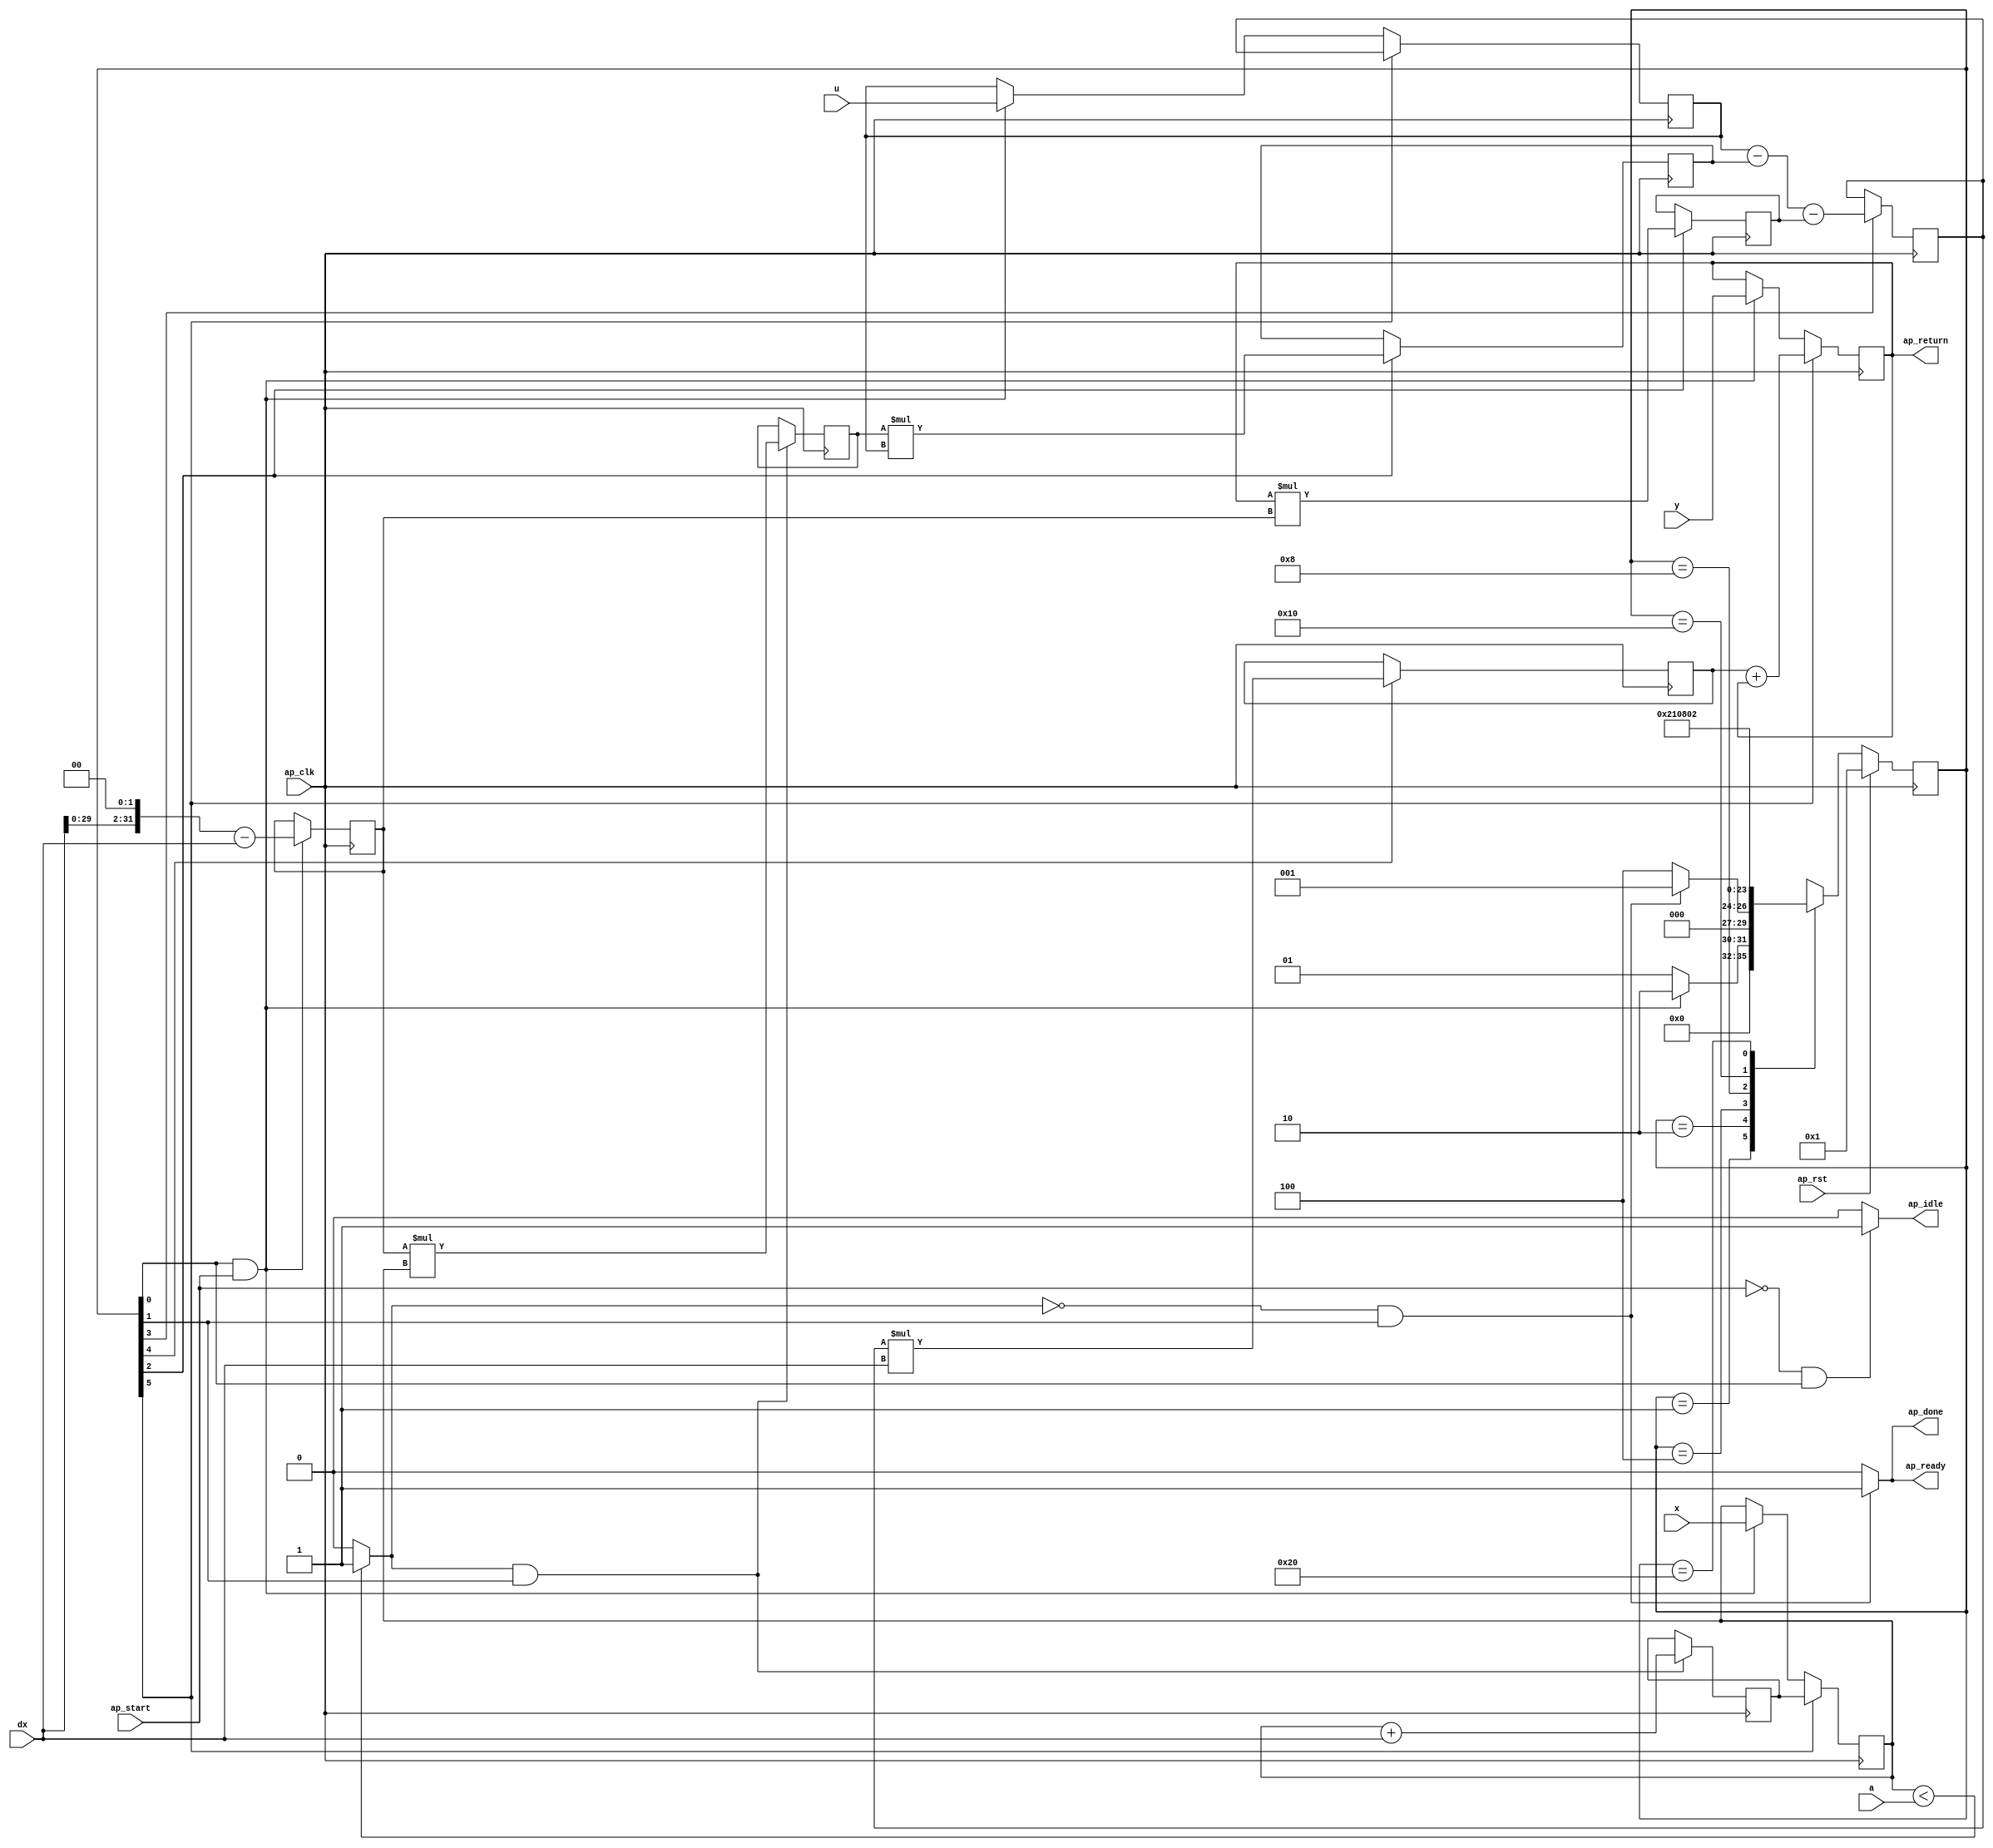
// ==============================================================
// RTL generated by Vivado(TM) HLS - High-Level Synthesis from C, C++ and SystemC
// Version: 2018.3
// Copyright (C) 1986-2018 Xilinx, Inc. All Rights Reserved.
// 
// ===========================================================

`timescale 1 ns / 1 ps 

(* CORE_GENERATION_INFO="diff,hls_ip_2018_3,{HLS_INPUT_TYPE=c,HLS_INPUT_FLOAT=0,HLS_INPUT_FIXED=0,HLS_INPUT_PART=xa7a12tcsg325-1q,HLS_INPUT_CLOCK=10.000000,HLS_INPUT_ARCH=others,HLS_SYN_CLOCK=8.470000,HLS_SYN_LAT=-1,HLS_SYN_TPT=none,HLS_SYN_MEM=0,HLS_SYN_DSP=12,HLS_SYN_FF=326,HLS_SYN_LUT=348,HLS_VERSION=2018_3}" *)

module diff (
        ap_clk,
        ap_rst,
        ap_start,
        ap_done,
        ap_idle,
        ap_ready,
        x,
        dx,
        u,
        a,
        y,
        ap_return
);

parameter    ap_ST_fsm_state1 = 6'd1;
parameter    ap_ST_fsm_state2 = 6'd2;
parameter    ap_ST_fsm_state3 = 6'd4;
parameter    ap_ST_fsm_state4 = 6'd8;
parameter    ap_ST_fsm_state5 = 6'd16;
parameter    ap_ST_fsm_state6 = 6'd32;

input   ap_clk;
input   ap_rst;
input   ap_start;
output   ap_done;
output   ap_idle;
output   ap_ready;
input  [31:0] x;
input  [31:0] dx;
input  [31:0] u;
input  [31:0] a;
input  [31:0] y;
output  [31:0] ap_return;

reg ap_done;
reg ap_idle;
reg ap_ready;

(* fsm_encoding = "none" *) reg   [5:0] ap_CS_fsm;
wire    ap_CS_fsm_state1;
wire  signed [31:0] tmp_fu_87_p2;
reg  signed [31:0] tmp_reg_163;
wire  signed [31:0] tmp1_fu_98_p2;
reg  signed [31:0] tmp1_reg_172;
wire    ap_CS_fsm_state2;
wire   [0:0] tmp_1_fu_93_p2;
wire   [31:0] x_assign_fu_103_p2;
reg   [31:0] x_assign_reg_177;
wire   [31:0] tmp_3_fu_108_p2;
reg   [31:0] tmp_3_reg_182;
wire    ap_CS_fsm_state3;
wire   [31:0] tmp_5_fu_113_p2;
reg   [31:0] tmp_5_reg_187;
wire  signed [31:0] u_assign_fu_123_p2;
reg  signed [31:0] u_assign_reg_192;
wire    ap_CS_fsm_state4;
wire   [31:0] tmp_7_fu_128_p2;
reg   [31:0] tmp_7_reg_198;
wire    ap_CS_fsm_state5;
wire   [31:0] y_assign_fu_132_p2;
wire    ap_CS_fsm_state6;
reg  signed [31:0] p_s_reg_52;
reg  signed [31:0] p_1_reg_62;
reg  signed [31:0] p_0_reg_72;
wire  signed [31:0] tmp_2_fu_81_p0;
wire   [31:0] tmp_2_fu_81_p2;
wire  signed [31:0] tmp_fu_87_p1;
wire  signed [31:0] x_assign_fu_103_p1;
wire   [31:0] tmp_4_fu_118_p2;
wire  signed [31:0] tmp_7_fu_128_p1;
reg   [5:0] ap_NS_fsm;

// power-on initialization
initial begin
#0 ap_CS_fsm = 6'd1;
end

always @ (posedge ap_clk) begin
    if (ap_rst == 1'b1) begin
        ap_CS_fsm <= ap_ST_fsm_state1;
    end else begin
        ap_CS_fsm <= ap_NS_fsm;
    end
end

always @ (posedge ap_clk) begin
    if ((1'b1 == ap_CS_fsm_state6)) begin
        p_0_reg_72 <= x_assign_reg_177;
    end else if (((1'b1 == ap_CS_fsm_state1) & (ap_start == 1'b1))) begin
        p_0_reg_72 <= x;
    end
end

always @ (posedge ap_clk) begin
    if ((1'b1 == ap_CS_fsm_state6)) begin
        p_1_reg_62 <= y_assign_fu_132_p2;
    end else if (((1'b1 == ap_CS_fsm_state1) & (ap_start == 1'b1))) begin
        p_1_reg_62 <= y;
    end
end

always @ (posedge ap_clk) begin
    if ((1'b1 == ap_CS_fsm_state6)) begin
        p_s_reg_52 <= u_assign_reg_192;
    end else if (((1'b1 == ap_CS_fsm_state1) & (ap_start == 1'b1))) begin
        p_s_reg_52 <= u;
    end
end

always @ (posedge ap_clk) begin
    if (((tmp_1_fu_93_p2 == 1'd1) & (1'b1 == ap_CS_fsm_state2))) begin
        tmp1_reg_172 <= tmp1_fu_98_p2;
        x_assign_reg_177 <= x_assign_fu_103_p2;
    end
end

always @ (posedge ap_clk) begin
    if ((1'b1 == ap_CS_fsm_state3)) begin
        tmp_3_reg_182 <= tmp_3_fu_108_p2;
        tmp_5_reg_187 <= tmp_5_fu_113_p2;
    end
end

always @ (posedge ap_clk) begin
    if ((1'b1 == ap_CS_fsm_state5)) begin
        tmp_7_reg_198 <= tmp_7_fu_128_p2;
    end
end

always @ (posedge ap_clk) begin
    if (((1'b1 == ap_CS_fsm_state1) & (ap_start == 1'b1))) begin
        tmp_reg_163 <= tmp_fu_87_p2;
    end
end

always @ (posedge ap_clk) begin
    if ((1'b1 == ap_CS_fsm_state4)) begin
        u_assign_reg_192 <= u_assign_fu_123_p2;
    end
end

always @ (*) begin
    if (((tmp_1_fu_93_p2 == 1'd0) & (1'b1 == ap_CS_fsm_state2))) begin
        ap_done = 1'b1;
    end else begin
        ap_done = 1'b0;
    end
end

always @ (*) begin
    if (((ap_start == 1'b0) & (1'b1 == ap_CS_fsm_state1))) begin
        ap_idle = 1'b1;
    end else begin
        ap_idle = 1'b0;
    end
end

always @ (*) begin
    if (((tmp_1_fu_93_p2 == 1'd0) & (1'b1 == ap_CS_fsm_state2))) begin
        ap_ready = 1'b1;
    end else begin
        ap_ready = 1'b0;
    end
end

always @ (*) begin
    case (ap_CS_fsm)
        ap_ST_fsm_state1 : begin
            if (((1'b1 == ap_CS_fsm_state1) & (ap_start == 1'b1))) begin
                ap_NS_fsm = ap_ST_fsm_state2;
            end else begin
                ap_NS_fsm = ap_ST_fsm_state1;
            end
        end
        ap_ST_fsm_state2 : begin
            if (((tmp_1_fu_93_p2 == 1'd0) & (1'b1 == ap_CS_fsm_state2))) begin
                ap_NS_fsm = ap_ST_fsm_state1;
            end else begin
                ap_NS_fsm = ap_ST_fsm_state3;
            end
        end
        ap_ST_fsm_state3 : begin
            ap_NS_fsm = ap_ST_fsm_state4;
        end
        ap_ST_fsm_state4 : begin
            ap_NS_fsm = ap_ST_fsm_state5;
        end
        ap_ST_fsm_state5 : begin
            ap_NS_fsm = ap_ST_fsm_state6;
        end
        ap_ST_fsm_state6 : begin
            ap_NS_fsm = ap_ST_fsm_state2;
        end
        default : begin
            ap_NS_fsm = 'bx;
        end
    endcase
end

assign ap_CS_fsm_state1 = ap_CS_fsm[32'd0];

assign ap_CS_fsm_state2 = ap_CS_fsm[32'd1];

assign ap_CS_fsm_state3 = ap_CS_fsm[32'd2];

assign ap_CS_fsm_state4 = ap_CS_fsm[32'd3];

assign ap_CS_fsm_state5 = ap_CS_fsm[32'd4];

assign ap_CS_fsm_state6 = ap_CS_fsm[32'd5];

assign ap_return = p_1_reg_62;

assign tmp1_fu_98_p2 = ($signed(tmp_reg_163) * $signed(p_0_reg_72));

assign tmp_1_fu_93_p2 = (($signed(p_0_reg_72) < $signed(a)) ? 1'b1 : 1'b0);

assign tmp_2_fu_81_p0 = dx;

assign tmp_2_fu_81_p2 = tmp_2_fu_81_p0 << 32'd2;

assign tmp_3_fu_108_p2 = ($signed(tmp1_reg_172) * $signed(p_s_reg_52));

assign tmp_4_fu_118_p2 = ($signed(p_s_reg_52) - $signed(tmp_3_reg_182));

assign tmp_5_fu_113_p2 = ($signed(p_1_reg_62) * $signed(tmp_reg_163));

assign tmp_7_fu_128_p1 = dx;

assign tmp_7_fu_128_p2 = ($signed(u_assign_reg_192) * $signed(tmp_7_fu_128_p1));

assign tmp_fu_87_p1 = dx;

assign tmp_fu_87_p2 = ($signed(tmp_2_fu_81_p2) - $signed(tmp_fu_87_p1));

assign u_assign_fu_123_p2 = (tmp_4_fu_118_p2 - tmp_5_reg_187);

assign x_assign_fu_103_p1 = dx;

assign x_assign_fu_103_p2 = ($signed(p_0_reg_72) + $signed(x_assign_fu_103_p1));

assign y_assign_fu_132_p2 = ($signed(tmp_7_reg_198) + $signed(p_1_reg_62));

endmodule //diff